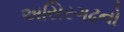
અસિરગઢનો